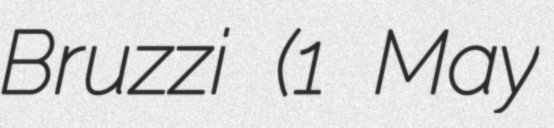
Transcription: Bruzzi (1 May